Annual administration report of the Civil Veterinary Department, Ajmere-Merwara, British Rajputana - 1914-1940
Year: 1914
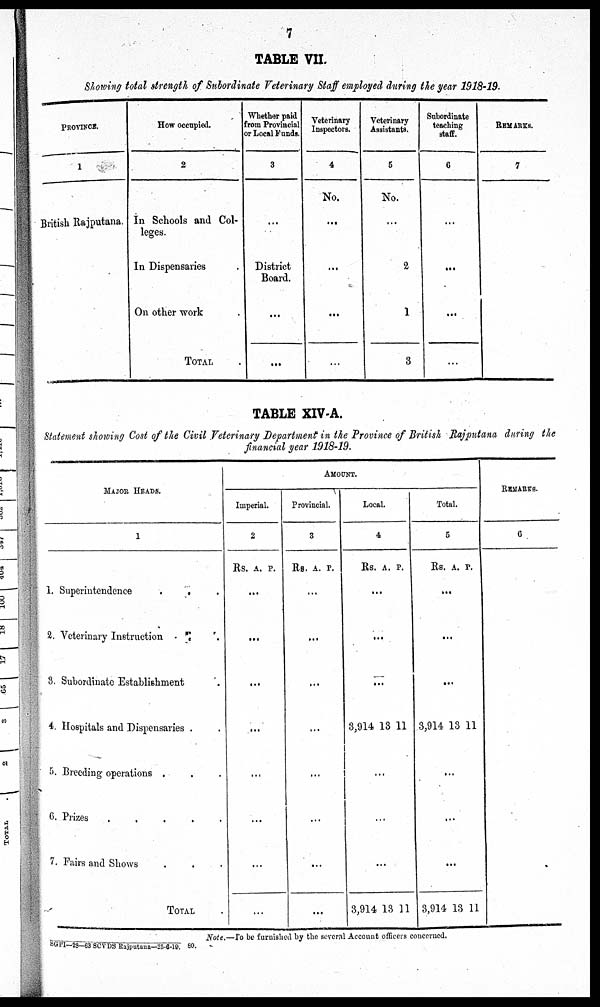
7
TABLE VII.
Showing total strength of Subordinate Veterinary Staff employed during the year 1918-19.
PROVINCE.
1
British Rajputana.
How occupied.
2
In Schools and Col-
leges.
In Dispensaries
On other "work
TOTAL
Whether paid
from Provincial
or Local Funds.
3
...
District
Board.
...
...
Veterinary
Inspectors.
4
No.
...
...
...
...
Veterinary
Assistants.
5
No.
...
2
1
3
Subordinate
teaching
staff.
6
...
...
...
...
REMARKS.
7
TABLE XIV-A.
Statement showing Cost of the Civil Veterinary Department in the Province of British Rajputana during the
financial year 1918-19.
MAJOR HEADS.
1
1. Superintendence
. . .
2. Veterinary Instruction . .
3. Subordinate Establishment .
4. Hospitals and Dispensaries . .
5. Breeding operations . . .
6. Prizes
.
.
.
.
.
7. Fairs and Shows . . .
TOTAL .
AMOUNT.
Imperial.
2
Rs. A. P.
...
...
...
...
...
...
...
...
Provincial.
3
Rs. A. P.
...
...
...
...
...
...
...
...
Local.
4
Rs. A. P.
...
...
...
3,914 13 11
...
...
...
3,914 13 11
Total.
5
Rs. A. P.
...
...
...
3,914 13 11
...
...
...
3,914 13 11
REMARKS.
6
Note.—To
be furnished by the several Account officers concerned.
SGPl-23-63 SCVDS Rajputana-25-6-19. 80.